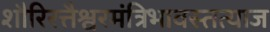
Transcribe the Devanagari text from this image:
शौरिरत्तैश्वरमंत्रिभावस्तत्याज